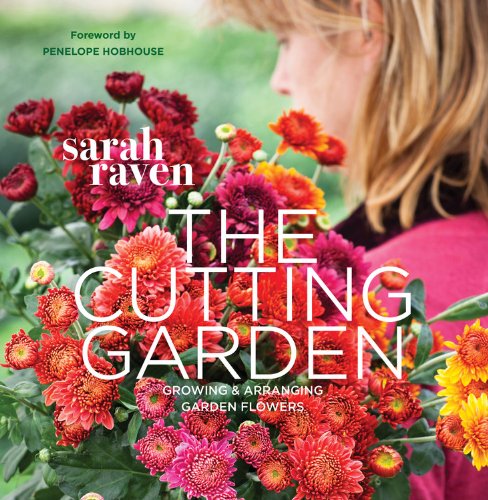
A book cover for Cutting Garden: Growing and Arranging Garden Flowers; Sarah Raven; Crafts, Hobbies & Home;